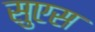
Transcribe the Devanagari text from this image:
सुएस